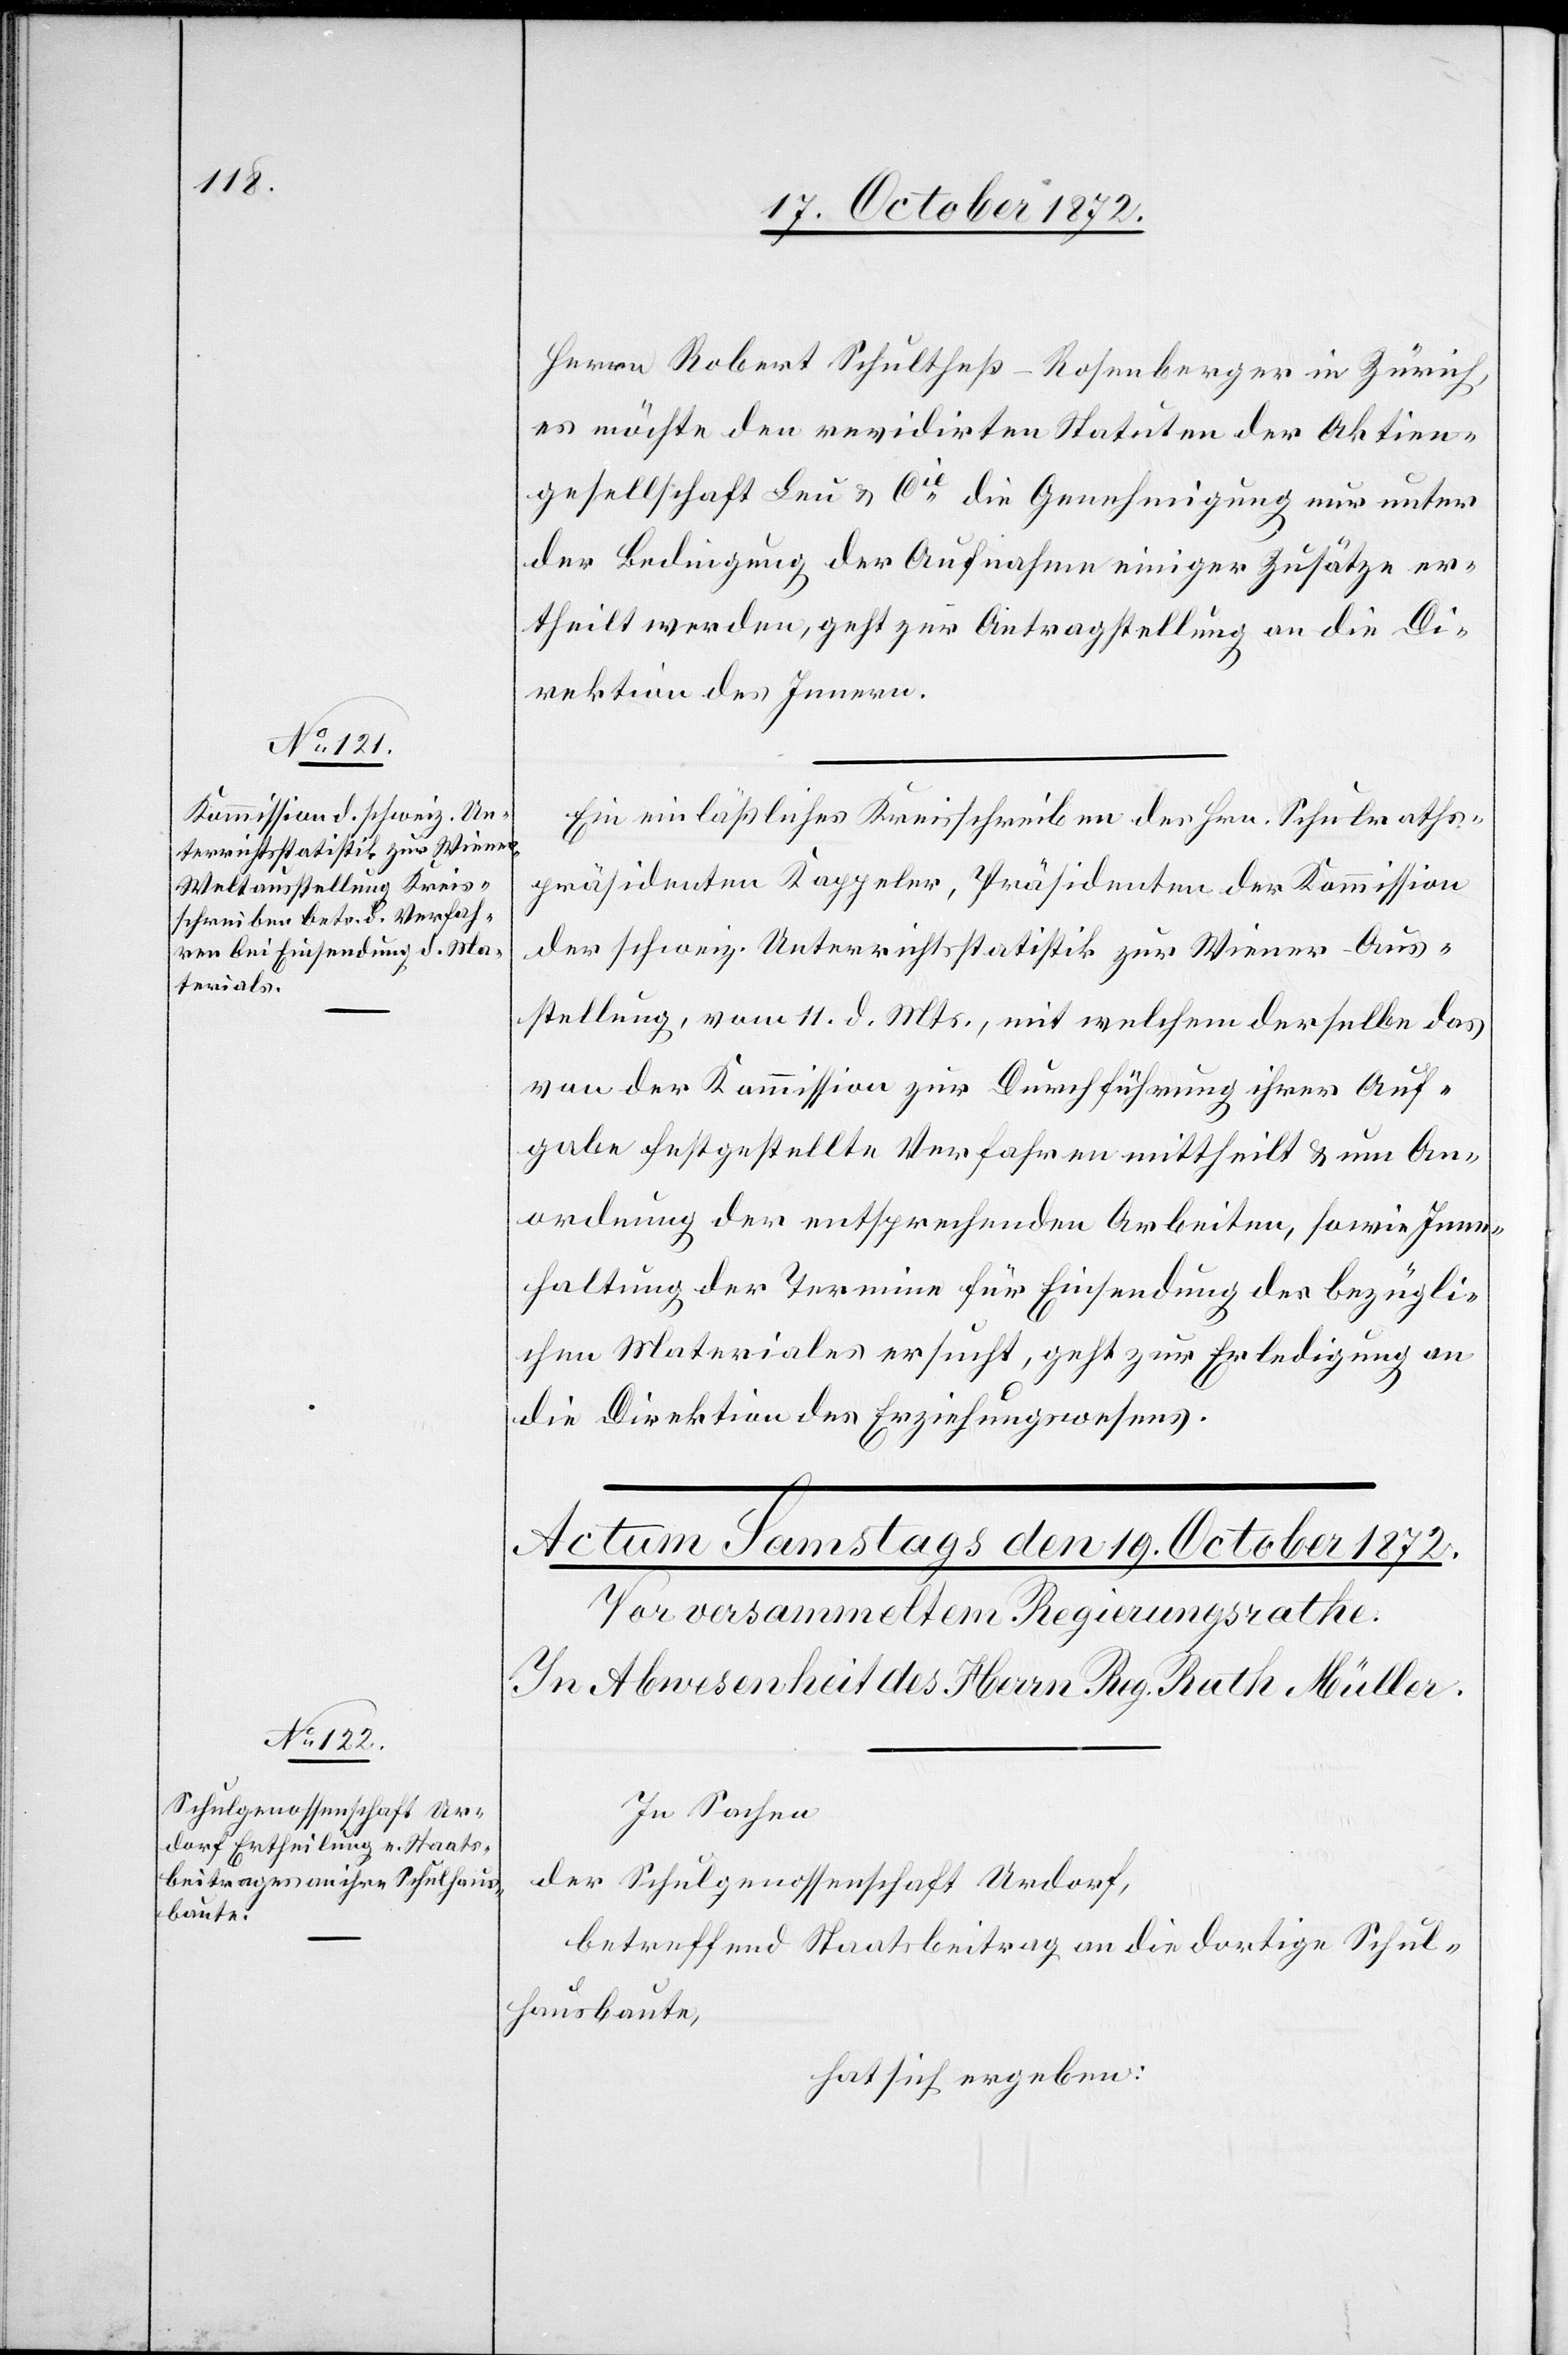
18. October 1872.]
Herrn Robert Schultheß-Rosenberger in Zürich,
es möchte den revidirten Statuten der Aktien¬
gesellschaft Leu u. Cie die Genehmigung nur unter
der Bedingung der Aufnahme einiger Zusätze er¬
theilt werden, geht zur Antragstellung an die Di¬
rektion des Innern.
Ein einläßliches Kreisschreiben des Hrn. Schulraths¬
präsidenten Kappeler, Präsidenten der Kommission
der schweiz. Unterrichtsstatistik zur Wiener-Aus¬
stellung, vom 11. d. Mts., mit welchem derselbe das
von der Kommission zur Durchführung ihrer Auf¬
gabe festgestellte Verfahren mittheilt u. um An¬
ordnung der entsprechenden Arbeiten, sowie Inne¬
haltung der Termine für Einsendung des bezügli¬
chen Materiales ersucht, geht zur Erledigung an
die Direktion des Erziehungswesens.
In Sachen
der Schulgenossenschaft Urdorf,
betreffend Staatsbeitrag an die dortige Schul¬
hausbaute,
hat sich ergeben: